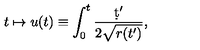
t \mapsto u ( t ) \equiv \int _ { 0 } ^ { t } \frac { \d t ^ { \prime } } { 2 \sqrt { r ( t ^ { \prime } ) } } ,